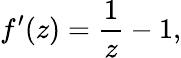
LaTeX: f^{\prime}(z)={\frac{1}{z}}-1,